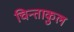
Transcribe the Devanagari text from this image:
चिन्ताकुल